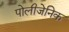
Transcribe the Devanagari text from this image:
पोलीजेनिक